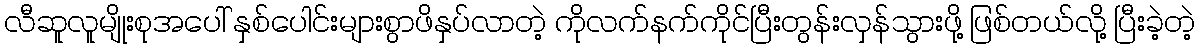
လီဆူလူမျိုးစုအပေါ် နှစ်ပေါင်းများစွာဖိနှပ်လာတဲ့ ကိုလက်နက်ကိုင်ပြီးတွန်းလှန်သွားဖို့ ဖြစ်တယ်လို့ ပြီးခဲ့တဲ့